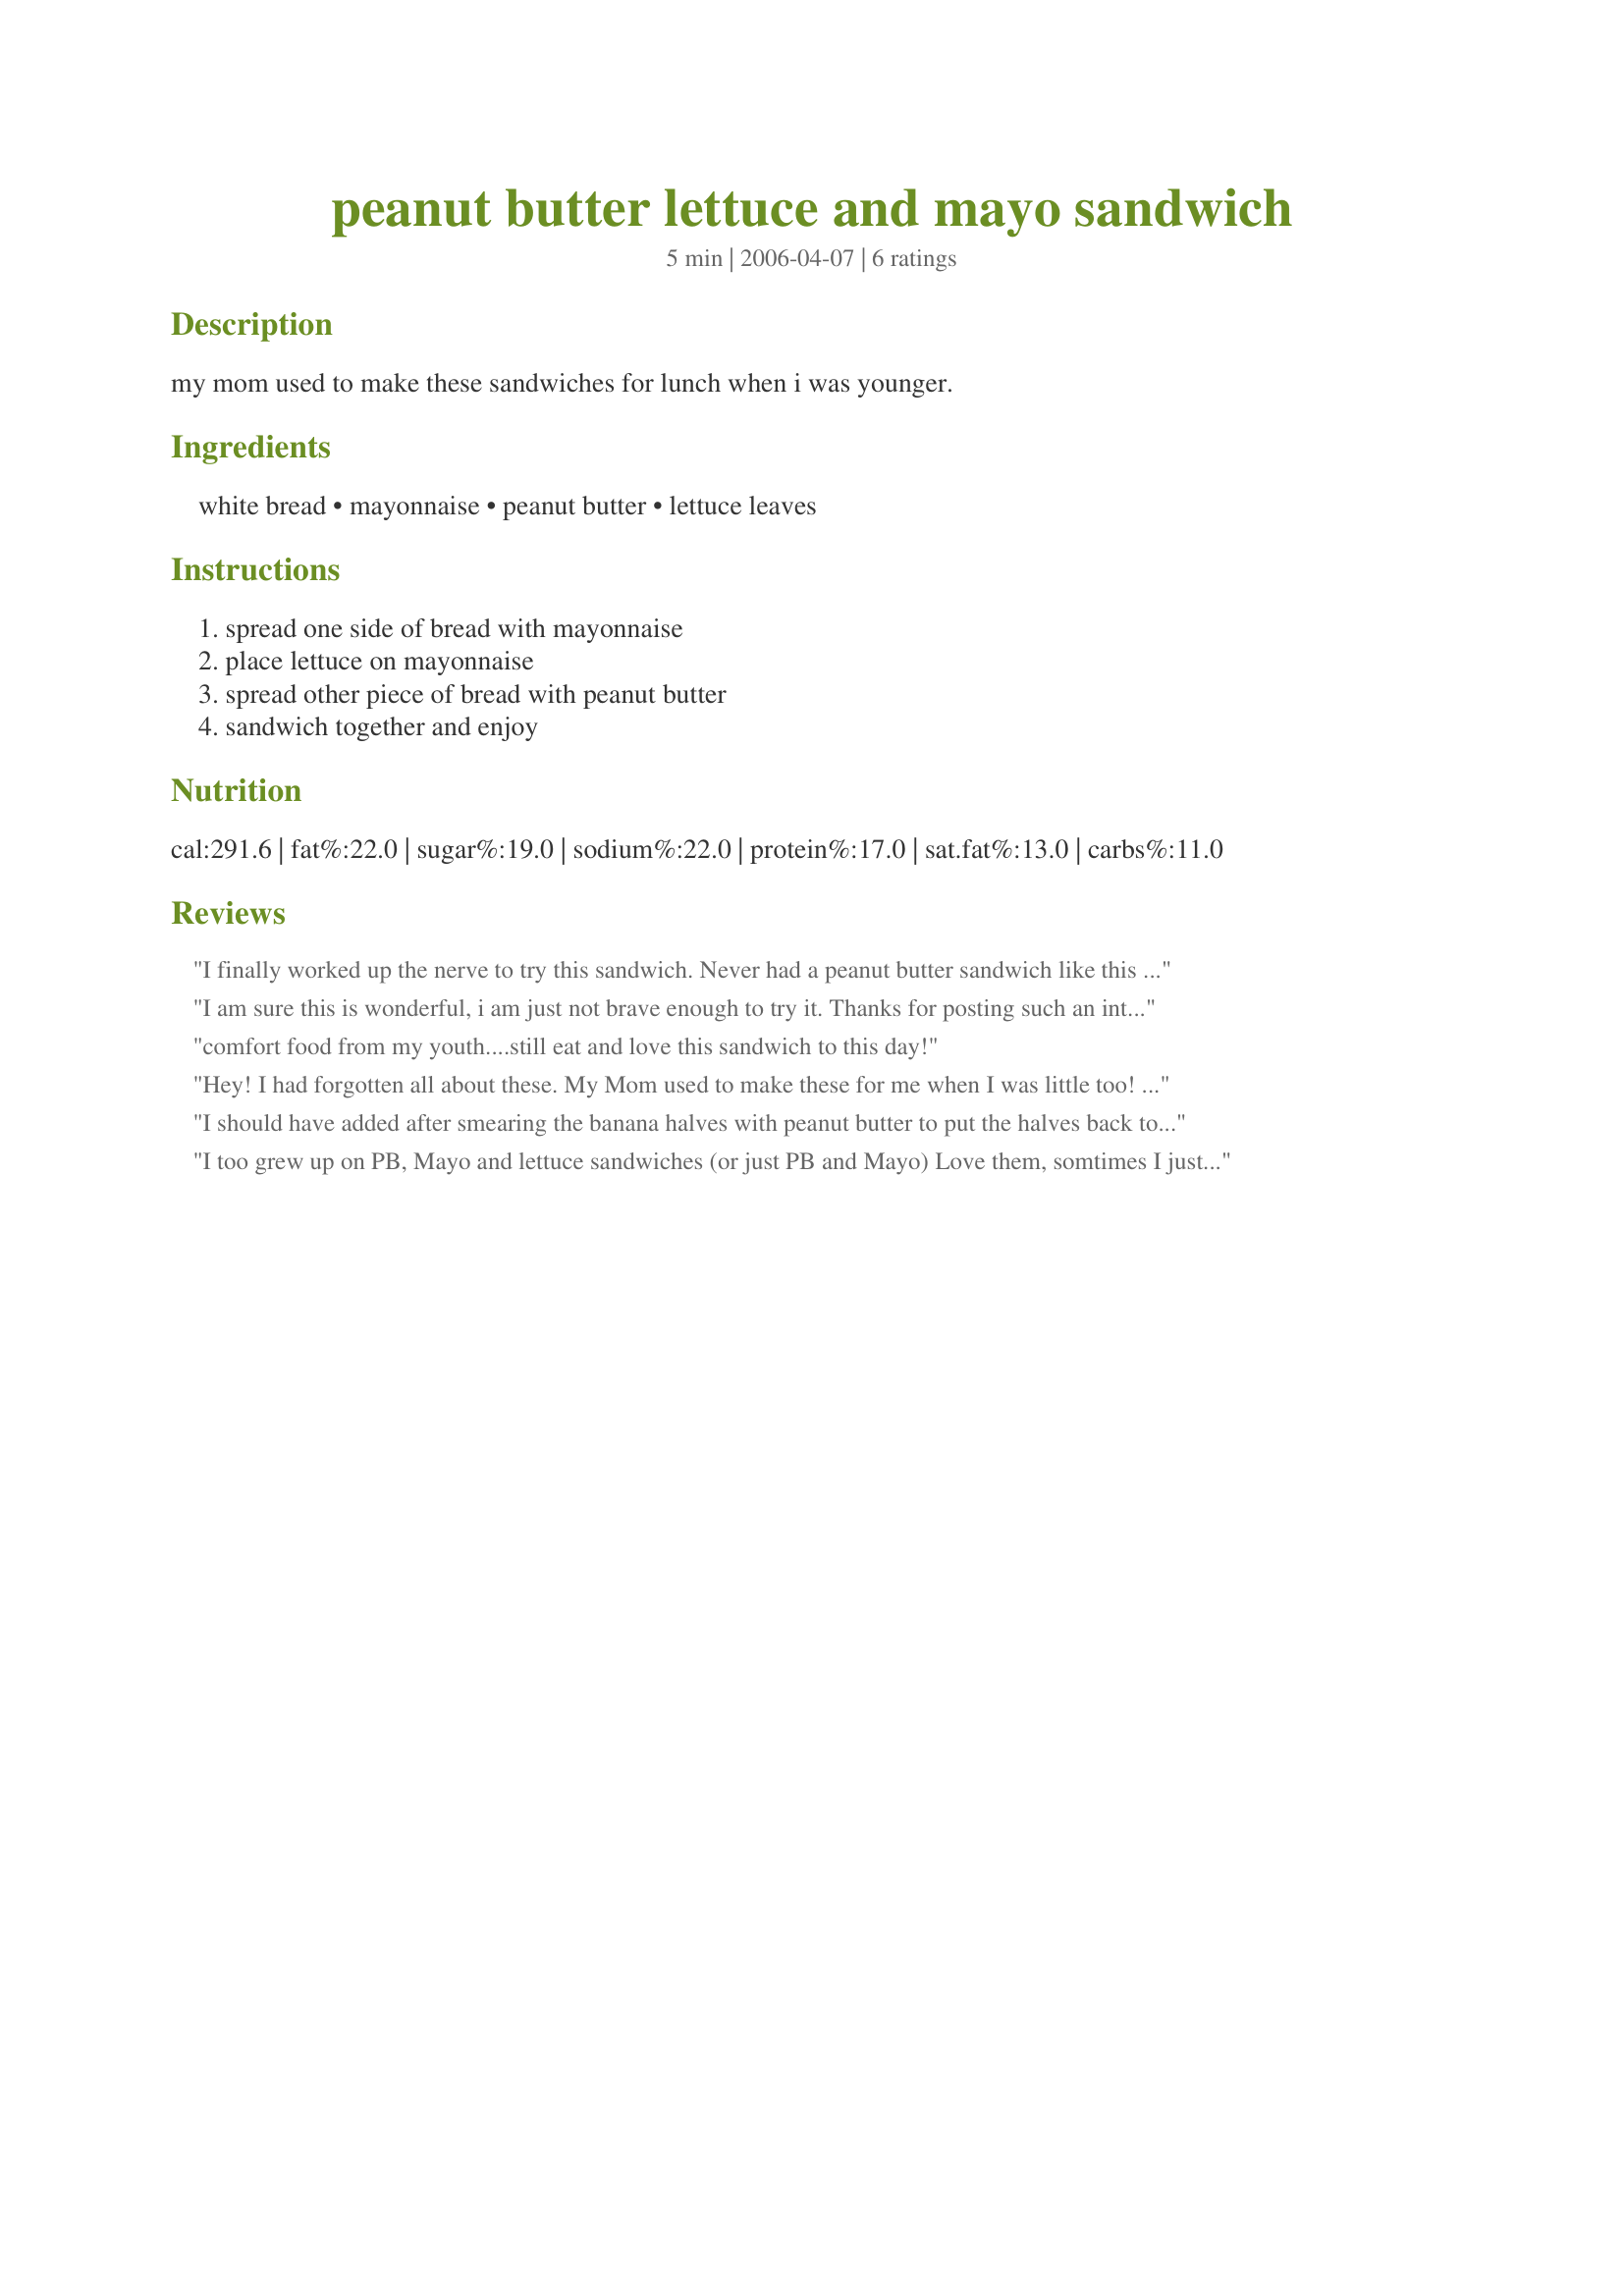
peanut butter lettuce and mayo sandwich
Preparation time: 5 minutes

my mom used to make these sandwiches for lunch when i was younger.

Ingredients:
white bread, mayonnaise, peanut butter, lettuce leaves

Steps:
spread one side of bread with mayonnaise, place lettuce on mayonnaise, spread other piece of bread with peanut butter, sandwich together and enjoy

Reviews:
I finally worked up the nerve to try this sandwich. Never had a peanut butter sandwich like this before. Not bad actually it tasted pretty good. 

Thanks looneytunesfan. 

Bullwinkle.
I am sure this is wonderful, i am just not brave enough to try it. Thanks for posting such an interesting recipe though.
comfort food from my youth....still eat and love this sandwich to this day!
Hey! I had forgotten all about these. My Mom used to make these for me when I was little too! EXACTLY the same way -- including using only Hellman's mayo! Thank you so much for posting this. I'm going to go make this for my lunch and I'm so excited I can hardly wait! :)
I should have added after smearing the banana halves with peanut butter to put the halves back together before slicing! Sorry :(
I too grew up on PB, Mayo and lettuce sandwiches (or just PB and Mayo) Love them, somtimes I just crave one LOL. I also like PB, Mayo and Dill Pickle... I like it even better than with lettuce! Thanks for posting and letting me know I wasn&#039;t the only child raised on them. (I guess my mother was raised on them too).
